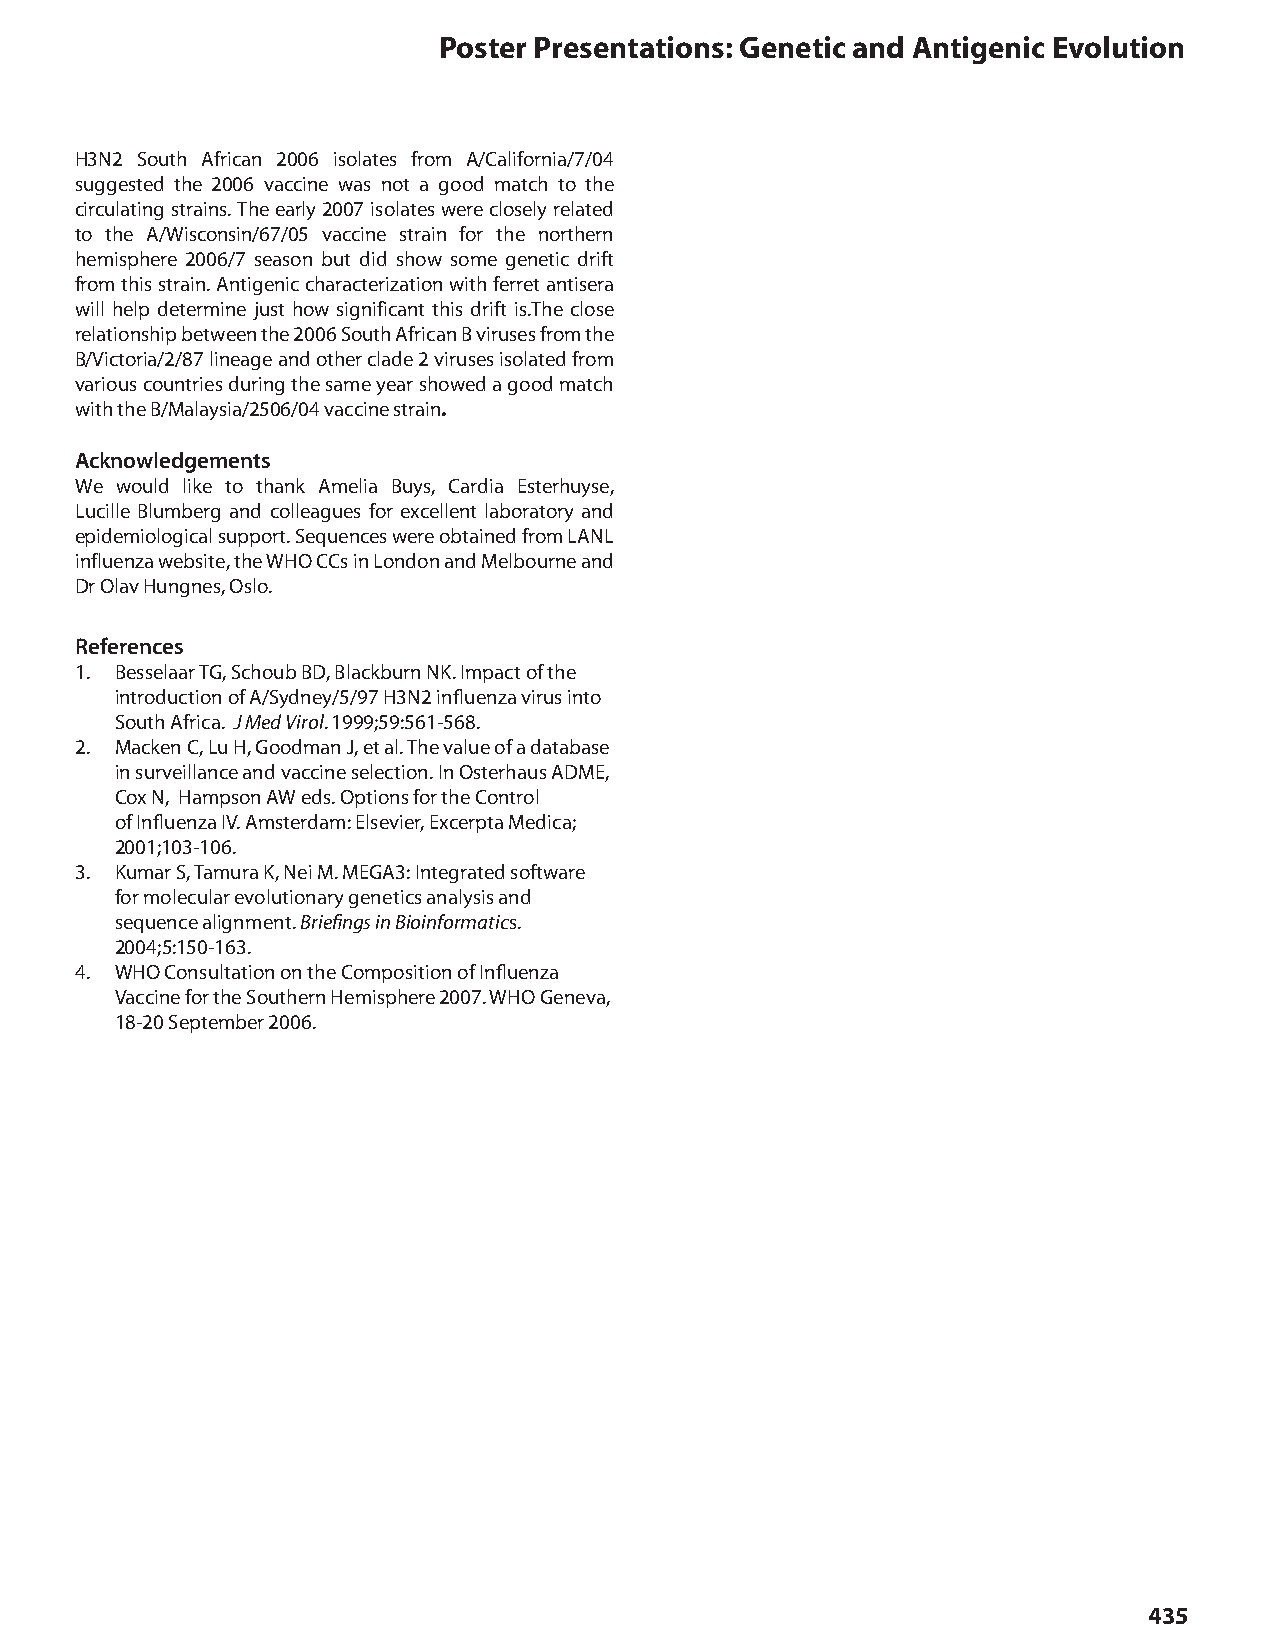
Poster Presentations: Genetic and Antigenic Evolution
 H3N2 South African 2006 isolates from A/California/7/04
 suggested the 2006 vaccine was not a good match to the
 circulating strains. The early 2007 isolates were closely related
 to the A/Wisconsin/67/05 vaccine strain for the northern
 hemisphere 2006/7 season but did show some genetic drift
 from this strain. Antigenic characterization with ferret antisera
 will help determine just how significant this drift is.The close
 relationship between the 2006 South African B viruses from the
 B/Victoria/2/87 lineage and other clade 2 viruses isolated from
 various countries during the same year showed a good match
 with the B/Malaysia/2506/04 vaccine strain.
 Acknowledgements
 We would like to thank Amelia Buys, Cardia Esterhuyse,
 Lucille Blumberg and colleagues for excellent laboratory and
 epidemiological support. Sequences were obtained from LANL
 influenza website, the WHO CCs in London and Melbourne and
 Dr Olav Hungnes, Oslo.
 References
 1. Besselaar TG, Schoub BD, Blackburn NK. Impact of the
 introduction of A/Sydney/5/97 H3N2 influenza virus into
 South Africa. J Med Virol. 1999;59:561-568.
 2. Macken C, Lu H, Goodman J, et al. The value of a database
 in surveillance and vaccine selection. In Osterhaus ADME,
 Cox N, Hampson AW eds. Options for the Control
 of Influenza IV. Amsterdam: Elsevier, Excerpta Medica;
 2001;103-106.
 3. Kumar S, Tamura K, Nei M. MEGA3: Integrated software
 for molecular evolutionary genetics analysis and
 sequence alignment. Briefings in Bioinformatics.
 2004;5:150-163.
 4. WHO Consultation on the Composition of Influenza
 Vaccine for the Southern Hemisphere 2007. WHO Geneva,
 18-20 September 2006.
 435